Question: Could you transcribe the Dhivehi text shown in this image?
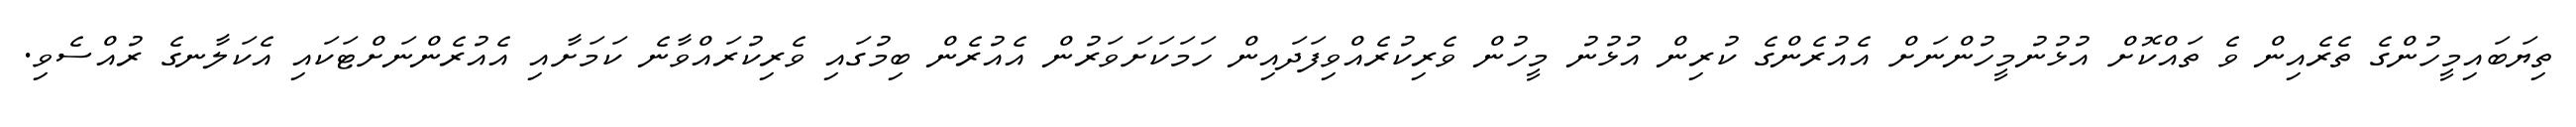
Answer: ތިޔަބައިމީހުންގެ ތެރެއިން ވެ ތައްކޮށް އުޅުނުމީހުންނަށް އެއުރެންގެ ކުރިން އުޅުނު މީހުން ވެރިކުރެއްވިފަދައިން ހަމަކަށަވަރުން އެއުރެން ބިމުގައި ވެރިކުރައްވާނެ ކަމަށާއި އެއުރެންނަށްޓަކައި އެކަލާނގެ ރުއްސެވި.